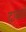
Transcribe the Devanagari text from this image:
दाबावे